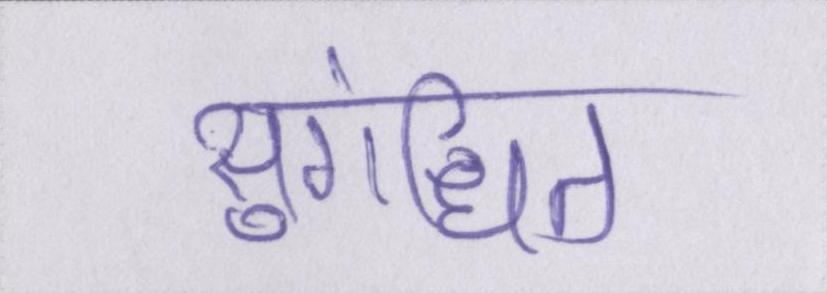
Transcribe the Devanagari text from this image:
सुगंधित